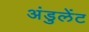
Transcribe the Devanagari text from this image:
अंडुलेंट